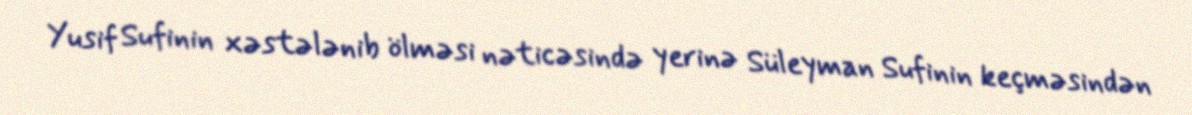
Yusif Sufinin xəstələnib ölməsi nəticəsində yerinə Süleyman Sufinin keçməsindən